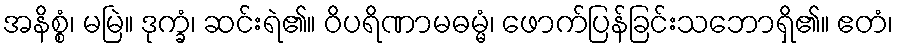
အနိစ္စံ၊ မမြဲ။ ဒုက္ခံ၊ ဆင်းရဲ၏။ ဝိပရိဏာမဓမ္မံ၊ ဖောက်ပြန်ခြင်းသဘောရှိ၏။ ဧတံ၊